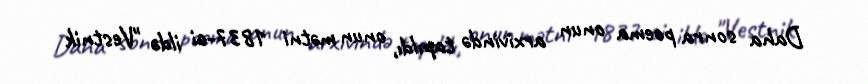
Daha sonra poema onun arxivində tapıldı, onun mətni 1837-ci ildə "Vestnik